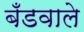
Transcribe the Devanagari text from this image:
बँडवाले